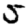
Digit: 5